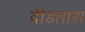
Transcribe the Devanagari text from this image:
दीडतास